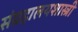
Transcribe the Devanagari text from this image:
संग्रहालयशास्त्री